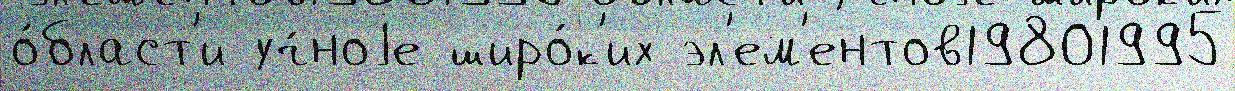
о́бласт'и уч́ноjе широ́к'их эл'ем'ентов19801995